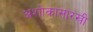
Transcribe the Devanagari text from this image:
अशोकासारखी